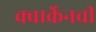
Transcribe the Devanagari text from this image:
क्वार्केनची